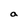
Character: a